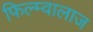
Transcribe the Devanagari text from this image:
फिल्म्वालाज